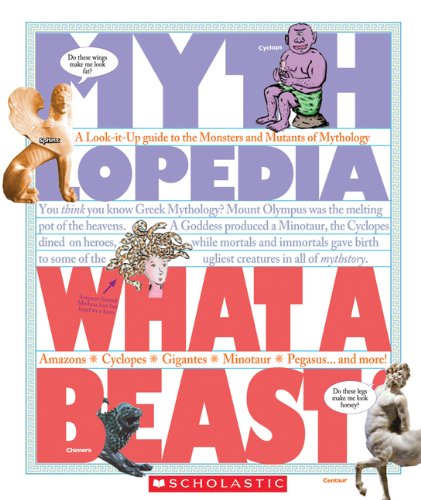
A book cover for What a Beast!: A Look-It-Up Guide to the Monsters and Mutants of Mythology (Mythlopedia); Sophia Kelly; Reference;